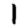
Digit: 1